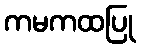
ကမကထပြု